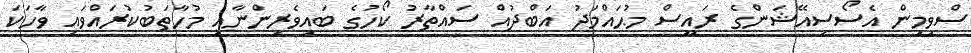
ސްވިމިން އެސޯސިއޭޝަންގެ ރައީސް މުޙައްމަދު އަބްދުއް ސައްތާރު ކޯހުގެ ބައިވެރިންނާއި މުހާތަބުކުރައްވައި ވާހަކަ